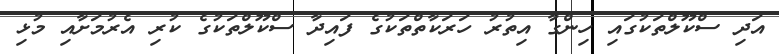
އަދި ސްކޫލްތަކުގައި ހިންގާ އިތުރު ހަރަކާތްތަކުގެ ފައިދާ ސްކޫލްތަކުގެ ކުރި އެރުމަށާއި މުޅި